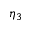
\eta _ { 3 }